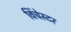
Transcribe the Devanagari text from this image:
विंचेस्‍टर